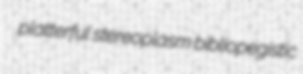
platterful stereoplasm bibliopegistic